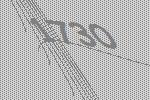
1730